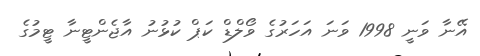
އޭނާ ވަނީ 1998 ވަނަ އަހަރުގެ ވޯލްޑް ކަޕް ކުޅުނު އާޖެންޓީނާ ޓީމުގެ